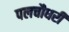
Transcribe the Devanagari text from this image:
पलचौधरी